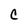
Character: C